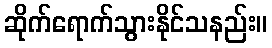
ဆိုက်ရောက်သွားနိုင်သနည်း။